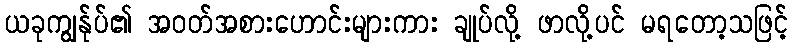
ယခုကျွန်ုပ်၏ အဝတ်အစားဟောင်းများကား ချုပ်လို့ ဖာလို့ပင် မရတော့သဖြင့်